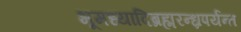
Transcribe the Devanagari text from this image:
भूमध्यादिब्रह्मरन्ध्रपर्यन्त